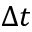
\Delta t